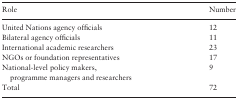
| Role | Number |
 | --- | --- |
 | United Nations agency officials | 12 |
 | Bilateral agency officials | 11 |
 | International academic researchers | 23 |
 | NGOs or foundation representatives | 17 |
 | National-level policy makers, programme managers and researchers | 9 |
 | Total | 72 |